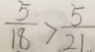
\frac { 5 } { 1 8 } > \frac { 5 } { 2 1 }